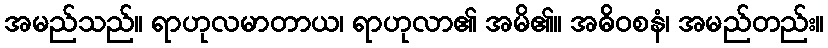
အမည်သည်။ ရာဟုလမာတာယ၊ ရာဟုလာ၏ အမိ၏။ အဓိဝစနံ၊ အမည်တည်း။